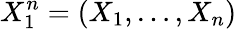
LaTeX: X_{1}^{n}=(X_{1},\ldots,X_{n})